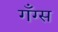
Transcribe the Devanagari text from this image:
गँग्स